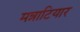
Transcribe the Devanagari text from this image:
मन्नाटियार